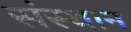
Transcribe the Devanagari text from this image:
संस्थान